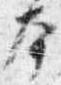
本